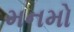
મનમો